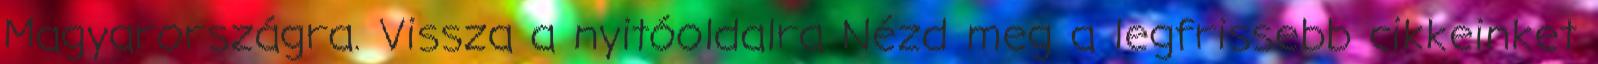
Magyarországra. Vissza a nyitóoldalra Nézd meg a legfrissebb cikkeinket